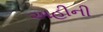
અહીની